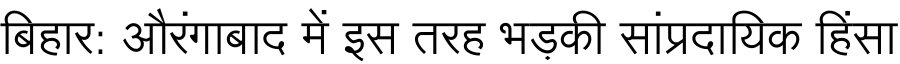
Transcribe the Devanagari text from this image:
बिहार: औरंगाबाद में इस तरह भड़की सांप्रदायिक हिंसा